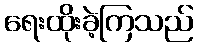
ရေးထိုးခဲ့ကြသည်